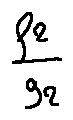
\frac { f _ { 2 } } { g _ { 2 } }